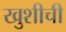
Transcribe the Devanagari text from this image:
खुशीची